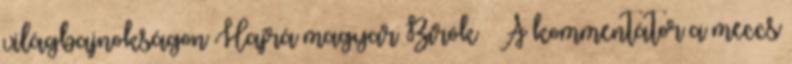
világbajnokságon Hajrá magyar Bírók 🙂 A kommentátor a meccs